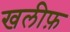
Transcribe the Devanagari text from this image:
खलीफ़